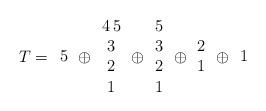
LaTeX: \begin{align*}T={\begin{array}{c} 5\end{array}} \oplus{\begin{array}{c} 4\,5\\3\\2\\1\end{array}} \oplus{\begin{array}{c} 5\\3\\2\\1\end{array}} \oplus{\begin{array}{c} 2\\1\end{array}} \oplus{\begin{array}{c} 1\end{array}} \end{align*}